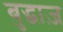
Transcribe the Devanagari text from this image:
बुद्धाज़